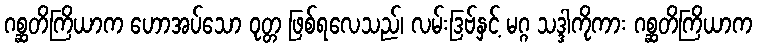
ဂစ္ဆတိကြိယာက ဟောအပ်သော ဝုတ္တ ဖြစ်ရလေသည်၊ လမ်းဒြဗ်နှင့် မဂ္ဂ သဒ္ဒါကိုကား ဂစ္ဆတိကြိယာက